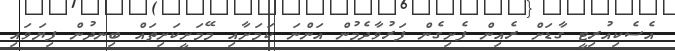
އެސެކިއުރިޓީ ގާޑަށް ރެއިން ފެށިގެން ފަރުވާދެމުން އަންނަ ކަމަށާއި މޭމަށީކަށިތައް ބިނދުން ފިޔަވައި